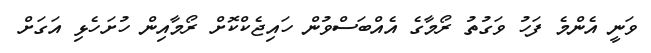
ވަނީ އެންމެ ފަހު ވަގުތު ރޯމާގެ އެއްބަސްވުން ހައިޖެކްކޮށް ރޯމާއިން ހުށަހެޅި އަގަށް